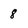
Character: 8